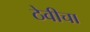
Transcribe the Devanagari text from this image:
ठेवीचा